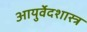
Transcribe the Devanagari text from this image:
आयुर्वेदशास्त्र